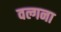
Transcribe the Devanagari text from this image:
वल्गना